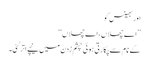
اور بھینس کو
’’اے چھلاں، اے چھلاں‘‘
کے نام سے پکارتی ہوئی چشم زدن میں نیچے اتر گئی۔